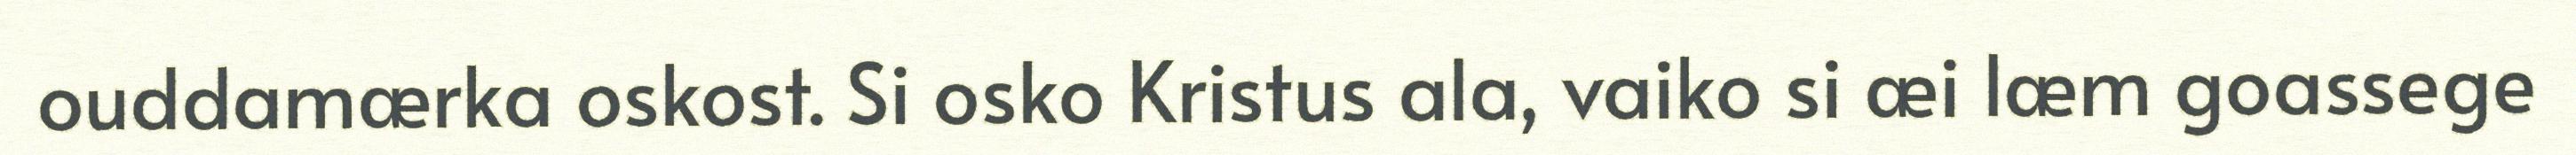
ouddamærka oskost. Si osko Kristus ala, vaiko si æi læm goassege